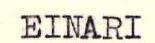
EINARI